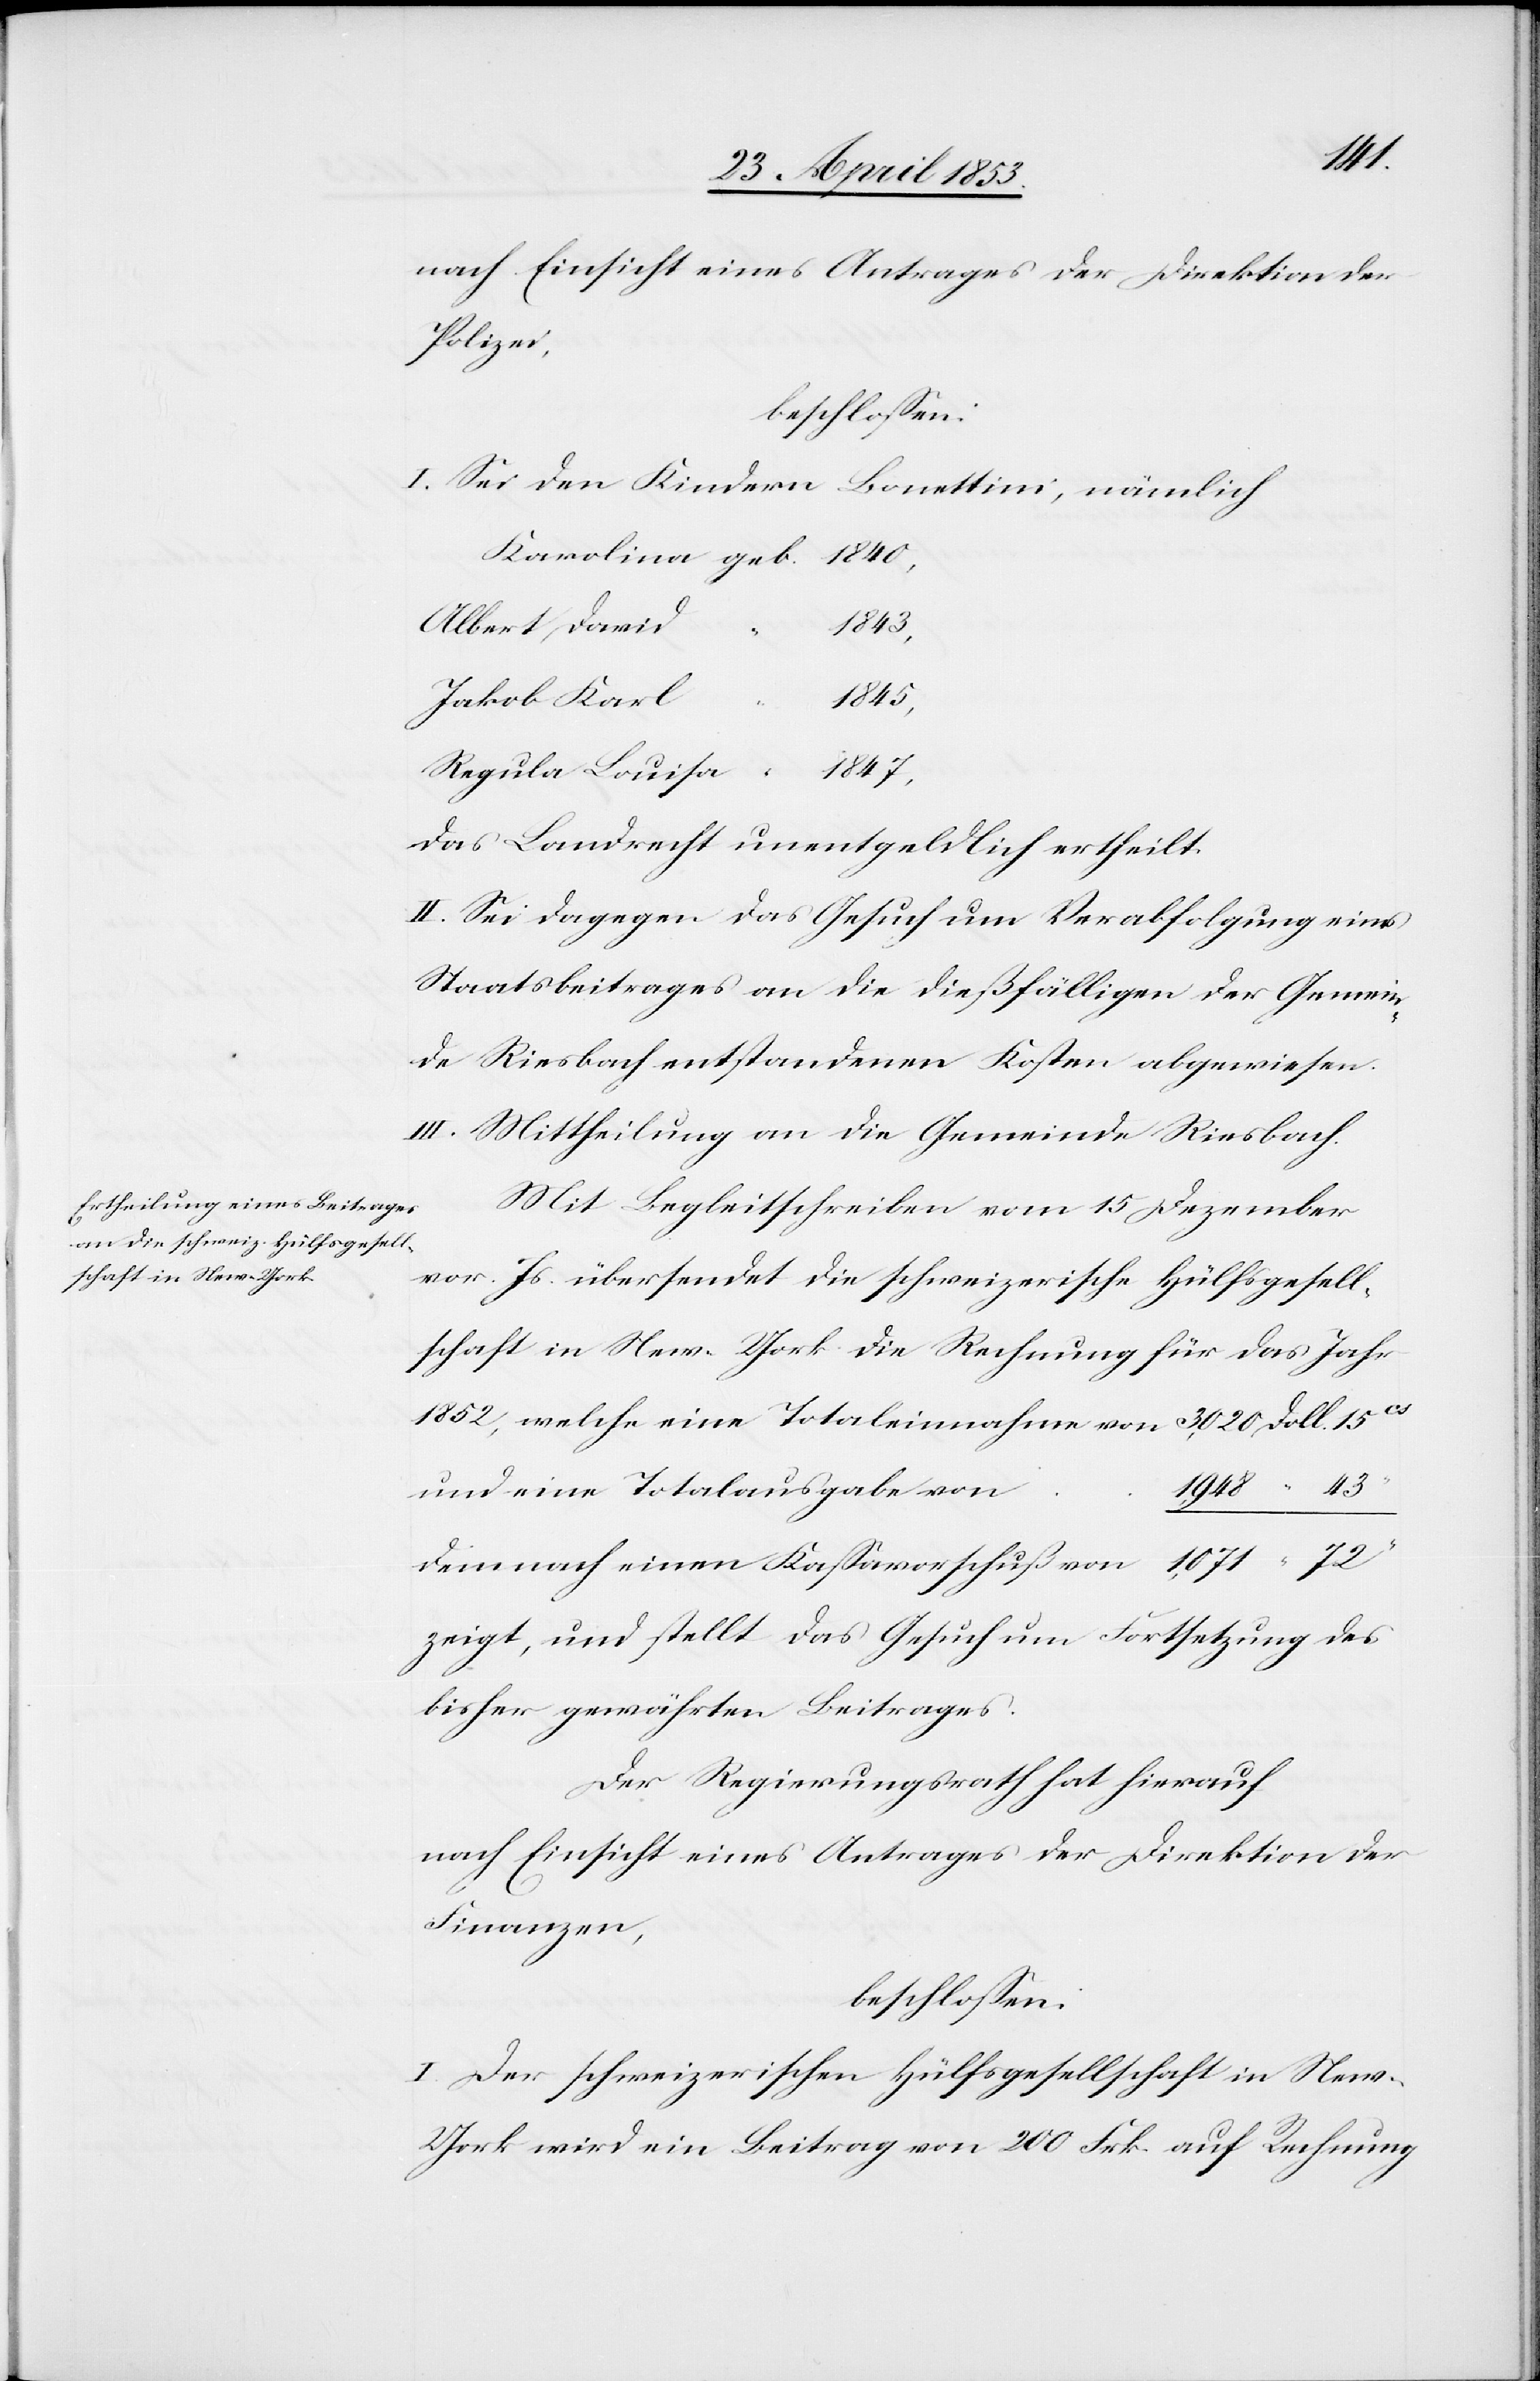
nach Einsicht eines Antrages der Direktion der
Polizei,
beschloßen:
I. Sei den Kindern Bonettini, nämlich
Karolina		geb. 1840,
Albert, Davi¬
1843,
1,948
“
Regula Luisa	geb. 1847,
Das Landrecht unentgeldlich ertheilt.
II. Sei dagegen das Gesuch um Verabfolgung eines
Staatsbeitrages an die dießfälligen der Gemein¬
de Riesbach entstandenen Kosten abgewiesen.
III. Mittheilung an die Gemeinde Riesbach.
Mit Begleitschreiben vom 15 Dezember
vor. Js. übersendet die schweizerische Hülfsgesell¬
schaft in New-York die Rechnung für das Jahr
1852, welche eine Totaleinnahme von 			3,020 Doll. 15 cs
und eine Totalausgabe von
demnach einen Kaßavorschuß von	 1,071
zeigt, und stellt das Gesuch um Fortsetzung des
bisher gewährten Beitrages.
Der Regierungsrath hat hierauf
nach Einsicht eines Antrages der Direktion der
Finanzen,
beschloßen:
I. Der schweizerischen Hülfsgesellschaft in Ne¬
w-York wird ein Beitrag von 200 Frk. auf Rechnung